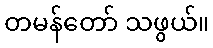
တမန်တော် သဖွယ်။